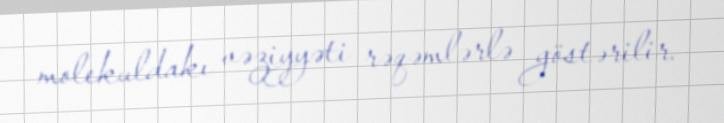
molekuldakı vəziyyəti rəqəmlərlə göstərilir.